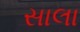
સાલા